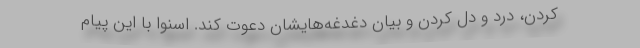
کردن، درد و دل کردن و بیان دغدغه‌هایشان دعوت کند. اسنوا با این پیام